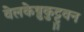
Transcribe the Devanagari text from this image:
वेलकेष़ुकुट्टुवन